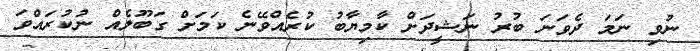
ނުވި ނަމަ ދެވަނަ ބުރު ނަޝީދަށް ކާމިޔާބު ކުރެއްވޭނެ ކަމަށް ގަބޫލެއް ނުކުރައްވަ